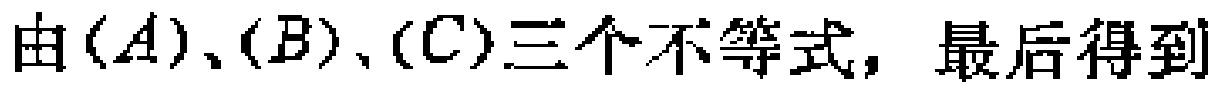
由\((A)\)、\((B)\)、\((C)\)三个不等式，最后得到